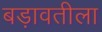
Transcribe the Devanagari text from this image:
बड़ावतीला